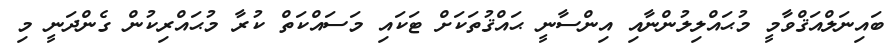
ބައިނަލްއަޤްވާމީ މުޙައްލިލުންނާއި އިންސާނީ ޙައްޤުތަކަށް ޓަކައި މަސައްކަތް ކުރާ މުޙައްރިކުން ގެންދަނީ މި